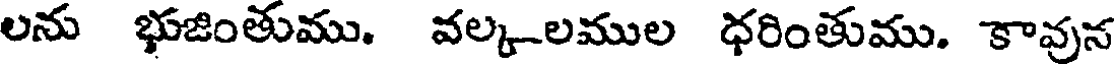
లను భుజింతుము. వల్క-లముల ధరింతుము. కావున